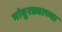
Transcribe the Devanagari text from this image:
भांबुरड्याच्‍या